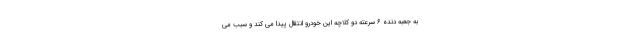
به جعبه دنده ۶ سرعته دو کلاچه این خودرو انتقال پیدا می کند و سبب می